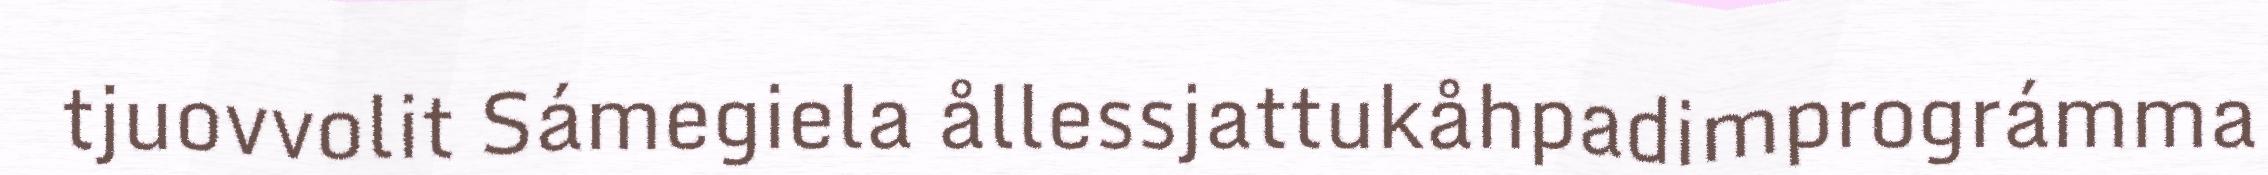
tjuovvolit Sámegiela ållessjattukåhpadimprográmma